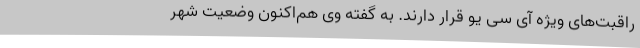
راقبت‌های ویژه آی سی یو قرار دارند. به گفته وی هم‌اکنون وضعیت شهر